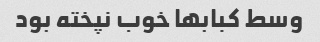
وسط کبابها خوب نپخته بود